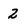
Character: 2